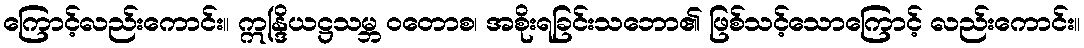
ကြောင့်လည်းကောင်း။ ဣန္ဒြိယဋ္ဌသမ္ဘ ဝတောစ၊ အစိုးရခြင်းသဘော၏ ဖြစ်သင့်သောကြောင့် လည်းကောင်း။